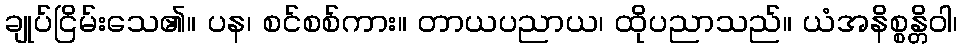
ချုပ်ငြိမ်းသေ၏။ ပန၊ စင်စစ်ကား။ တာယပညာယ၊ ထိုပညာသည်။ ယံအနိစ္စန္တိဝါ၊